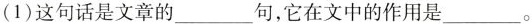
(1)这句话是文章的___句，它在文中的作用是___。